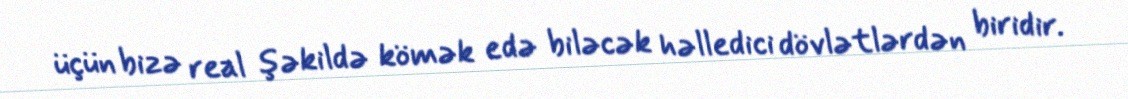
üçün bizə real şəkildə kömək edə biləcək həlledici dövlətlərdən biridir.